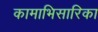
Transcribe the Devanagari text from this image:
कामाभिसारिका